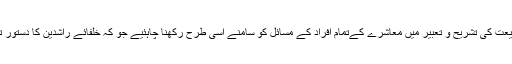
شریعت کی تشریح و تعبیر میں معاشرے کےتمام افراد کے مسائل کو سامنے اسی طرح رکھنا چاہئیے جو کہ خلفائے راشدین کا دستور تھا ۔